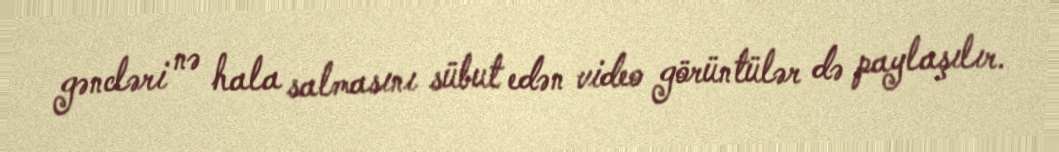
gəncləri nə hala salmasını sübut edən video görüntülər də paylaşılır.